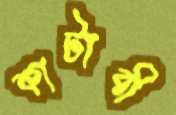
কাটাবী